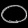
Digit: ၀